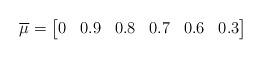
LaTeX: \begin{align*} \overline{\mu} = \begin{bmatrix} 0 & 0.9 & 0.8 & 0.7 & 0.6 & 0.3 \\ \end{bmatrix}\end{align*}